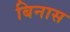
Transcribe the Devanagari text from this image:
बिनास